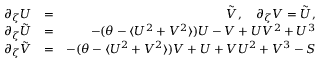
\begin{array} { r l r } { \partial _ { \zeta } U } & { = } & { \Tilde { V } , \quad \partial _ { \zeta } V = \Tilde { U } , } \\ { \partial _ { \zeta } \Tilde { U } } & { = } & { - ( \theta - \langle U ^ { 2 } + V ^ { 2 } \rangle ) U - V + U V ^ { 2 } + U ^ { 3 } } \\ { \partial _ { \zeta } \Tilde { V } } & { = } & { - ( \theta - \langle U ^ { 2 } + V ^ { 2 } \rangle ) V + U + V U ^ { 2 } + V ^ { 3 } - S } \end{array}